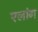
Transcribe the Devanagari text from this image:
एलांग